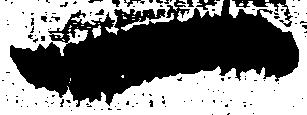
一